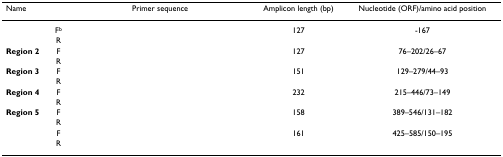
<table><thead><tr><td><b>Name</b></td><td>[EMPTY_CELL]</td><td><b>Primer sequence</b></td><td><b>Amplicon length (bp)</b></td><td><b>Nucleotide (ORF)/amino acid position</b></td></tr></thead><tbody><tr><td>[EMPTY_CELL]</td><td>F<sup>b</sup></td><td>[EMPTY_CELL]</td><td>127</td><td>-167</td></tr><tr><td>[EMPTY_CELL]</td><td>R</td><td>[EMPTY_CELL]</td><td>[EMPTY_CELL]</td><td>[EMPTY_CELL]</td></tr><tr><td><b>Region 2</b></td><td>F</td><td>[EMPTY_CELL]</td><td>127</td><td>76–202/26–67</td></tr><tr><td>[EMPTY_CELL]</td><td>R</td><td>[EMPTY_CELL]</td><td>[EMPTY_CELL]</td><td>[EMPTY_CELL]</td></tr><tr><td><b>Region 3</b></td><td>F</td><td>[EMPTY_CELL]</td><td>151</td><td>129–279/44–93</td></tr><tr><td>[EMPTY_CELL]</td><td>R</td><td>[EMPTY_CELL]</td><td>[EMPTY_CELL]</td><td>[EMPTY_CELL]</td></tr><tr><td><b>Region 4</b></td><td>F</td><td>[EMPTY_CELL]</td><td>232</td><td>215–446/73–149</td></tr><tr><td>[EMPTY_CELL]</td><td>R</td><td>[EMPTY_CELL]</td><td>[EMPTY_CELL]</td><td>[EMPTY_CELL]</td></tr><tr><td><b>Region 5</b></td><td>F</td><td>[EMPTY_CELL]</td><td>158</td><td>389–546/131–182</td></tr><tr><td>[EMPTY_CELL]</td><td>R</td><td>[EMPTY_CELL]</td><td>[EMPTY_CELL]</td><td>[EMPTY_CELL]</td></tr><tr><td>[EMPTY_CELL]</td><td>F</td><td>[EMPTY_CELL]</td><td>161</td><td>425–585/150–195</td></tr><tr><td>[EMPTY_CELL]</td><td>R</td><td>[EMPTY_CELL]</td><td>[EMPTY_CELL]</td><td>[EMPTY_CELL]</td></tr></tbody></table>